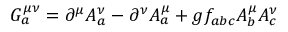
G _ { a } ^ { \mu \nu } = \partial ^ { \mu } A _ { a } ^ { \nu } - \partial ^ { \nu } A _ { a } ^ { \mu } + g f _ { a b c } A _ { b } ^ { \mu } A _ { c } ^ { \nu } \nonumber